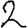
Digit: 2